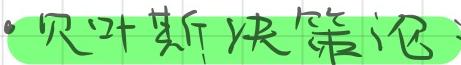
贝叶斯决策论